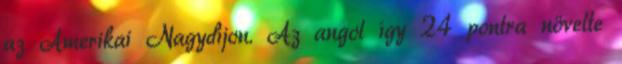
az Amerikai Nagydíjon. Az angol így 24 pontra növelte